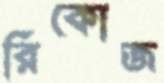
রিকোজ